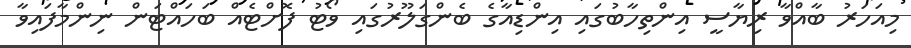
މިއަހަރު ބާއްވާ ރިޔާސީ އިންތިހާބުގައި އިންޑިއާގެ ބެންގަލޫރުގައި ވޯޓު ފޮށްޓެއް ބަހައްޓަން ނިންމާފައިވާ